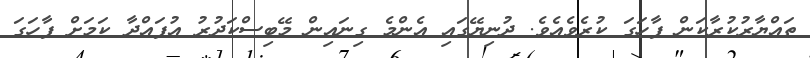
ތައްޔާރުކުރާކަން ފާހަގަ ކުރެވެއެވެ. ދުނިޔޭގައި އެންމެ ގިނައިން މޭބިސްކަދުރު އުފައްދާ ކަމަށް ފާހަގަ